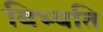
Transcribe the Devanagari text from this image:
बिभ्यति